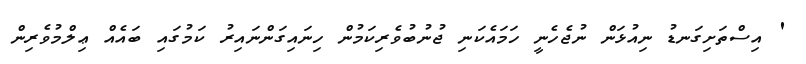
' އިސްތަށިގަނޑު ނިއުޅަން ނުޖެހެނީ ހަމައެކަނި ޖުނުބުވެރިކަމުން ހިނައިގަންނައިރު ކަމުގައި ބައެއް ޢިލްމުވެރިން